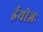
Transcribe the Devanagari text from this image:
ईथोजः